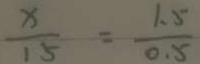
\frac { x } { 1 5 } = \frac { 1 . 5 } { 0 . 5 }